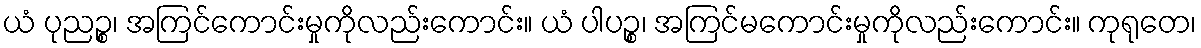
ယံ ပုညဉ္စ၊ အကြင်ကောင်းမှုကိုလည်းကောင်း။ ယံ ပါပဉ္စ၊ အကြင်မကောင်းမှုကိုလည်းကောင်း။ ကုရုတေ၊